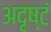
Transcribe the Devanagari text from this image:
अदृष्टं